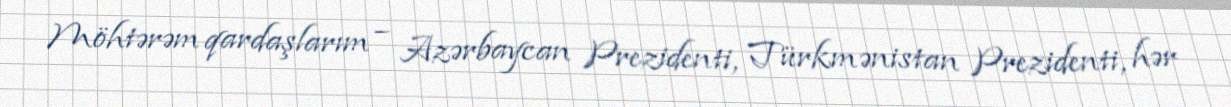
Möhtərəm qardaşlarım – Azərbaycan Prezidenti, Türkmənistan Prezidenti, hər